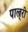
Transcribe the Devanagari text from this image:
पाल्र्री